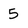
Character: 5